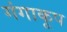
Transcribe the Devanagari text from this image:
गंगाकूप